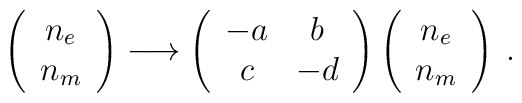
\left( \begin{array}{c} n_{e} \\ n_{m} \end{array} \right) 	\longrightarrow \left( \begin{array}{cc} -a & b \\ c & -d 	\end{array} \right)\left( \begin{array}{c} n_{e} \\ n_{m} 	\end{array} \right) \: .